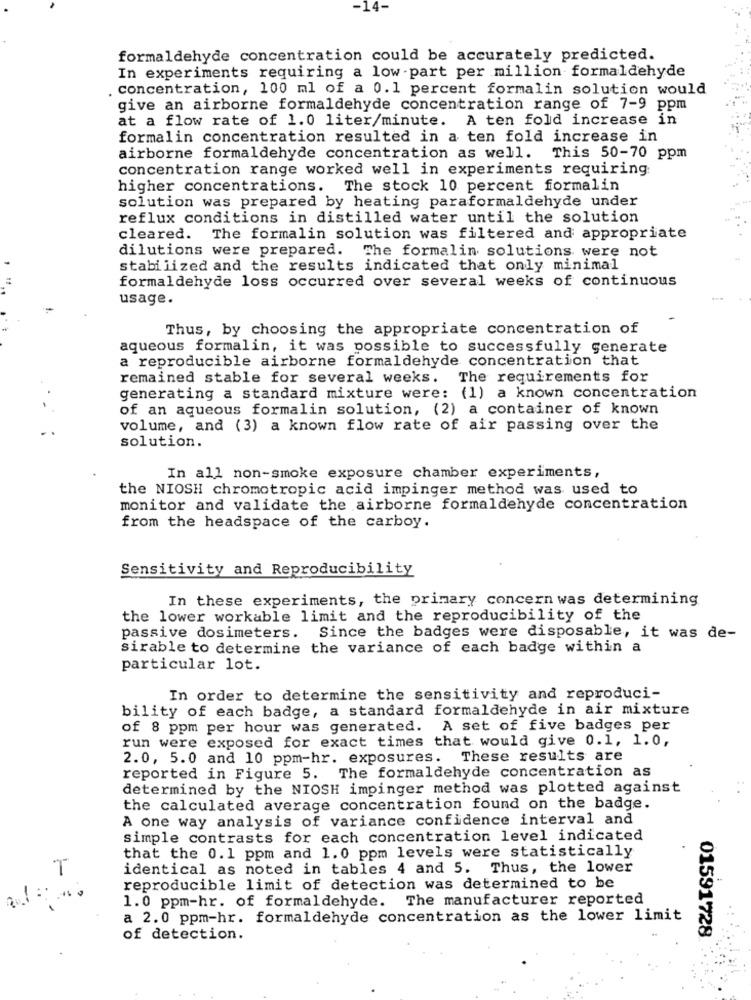
-14-
formaldehyde concentration could be accurately predicted.
In experiments requiring a low-part per million formaldehyde
. concentration, 100 ml of a 0.1 percent formalin solution would
give an airborne formaldehyde concentration range of 7-9 ppm
at a flow rate of 1.0 liter/minute. A ten fold increase in
formalin concentration resulted in a ten fold increase in
airborne formaldehyde concentration as well. This 50-70 ppm
concentration range worked well in experiments requiring
higher concentrations. The stock 10 percent formalin
solution was prepared by heating paraformaldehyde under
reflux conditions in distilled water until the solution
cleared. The formalin solution was filtered and appropriate
dilutions were prepared. The formalin solutions were not
stabilized and the results indicated that only minimal
formaldehyde loss occurred over several weeks of continuous
usage.
Thus, by choosing the appropriate concentration of
aqueous formalin, it was possible to successfully generate
a reproducible airborne formaldehyde concentration that
remained stable for several weeks. The requirements for
generating a standard mixture were: (1) a known concentration
of an aqueous formalin solution, (2) a container of known
volume, and (3) a known flow rate of air passing over the
solution.
In all non-smoke exposure chamber experiments,
the NIOSH chromotropic acid impinger method was used to
monitor and validate the airborne formaldehyde concentration
from the headspace of the carboy.
Sensitivity and Reproducibility
In these experiments, the primary concern was determining
the lower workable limit and the reproducibility of the
passive dosimeters. Since the badges were disposable, it was de-
sirable to determine the variance of each badge within a
particular lot.
In order to determine the sensitivity and reproduci-
bility of each badge, a standard formaldehyde in air mixture
of 8 ppm per hour was generated. A set of five badges per
run were exposed for exact times that would give 0.1, 1.0,
2.0, 5.0 and 10 ppm-hr. exposures. These results are
reported in Figure 5. The formaldehyde concentration as
determined by the NIOSH impinger method was plotted against
the calculated average concentration found on the badge.
A one way analysis of variance confidence interval and
simple contrasts for each concentration level indicated
that the 0.1 ppm and 1.0 ppm levels were statistically
T
identical as noted in tables 4 and 5. Thus, the lower
reproducible limit of detection was determined to be
1.0 ppm-hr. of formaldehyde. The manufacturer reported
a 2.0 ppm-hr. formaldehyde concentration as the lower limit
01591728
of detection.